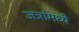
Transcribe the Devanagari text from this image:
जत्रांमध्ये